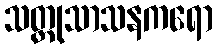
သတ္ထုသာသနကရော